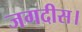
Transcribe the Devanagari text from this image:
जगदीस।